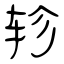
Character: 轸